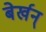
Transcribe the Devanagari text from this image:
बेर्खन्